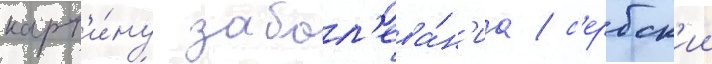
карт'и́ну забол'ева́н'иа / с'ербск'ии